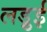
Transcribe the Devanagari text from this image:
लड़ुई